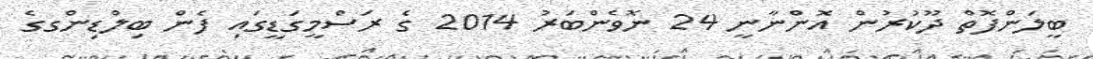
ބީލަންފޮތް ދޫކުރުން އޮންނާނީ 24 ނޮވެންބަރު 2014 ގެ ރަސްމީގަޑީގައި ފެން ބިލްޑިންގގެ